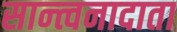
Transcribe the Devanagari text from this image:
सान्त्वनादाता